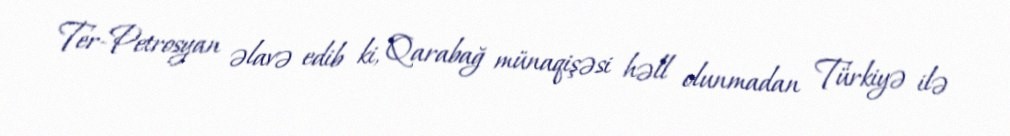
Ter-Petrosyan əlavə edib ki, Qarabağ münaqişəsi həll olunmadan Türkiyə ilə